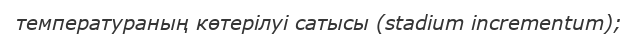
температураның көтерілуі сатысы (stadium incrementum);